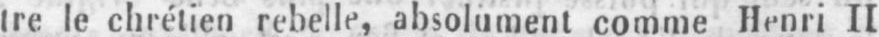
tre le chrétien rebelle, absolument comme Henri II